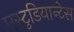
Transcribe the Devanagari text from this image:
एस्टुडियान्टेस